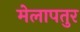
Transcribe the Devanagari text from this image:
मेलापतुर